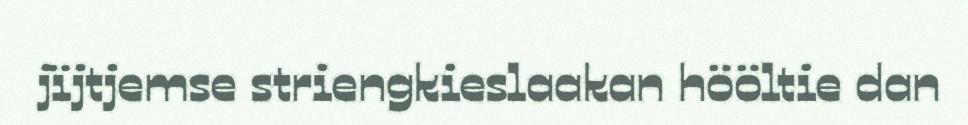
jïjtjemse striengkieslaakan hööltie dan